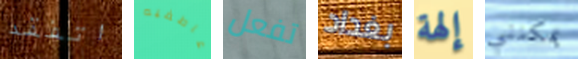
اتفقد عاطفيه تفعل بغداد إلهة يمكنني